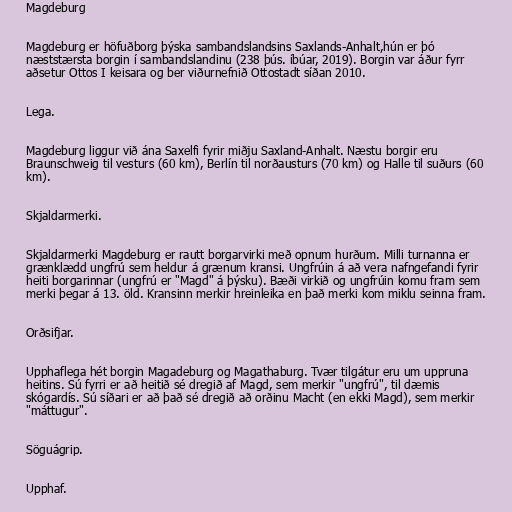
Magdeburg

Magdeburg er höfuðborg þýska sambandslandsins Saxlands-Anhalt,hún er þó
næststærsta borgin í sambandslandinu (238 þús. íbúar, 2019). Borgin var áður fyrr
aðsetur Ottos I keisara og ber viðurnefnið Ottostadt síðan 2010.

Lega.

Magdeburg liggur við ána Saxelfi fyrir miðju Saxland-Anhalt. Næstu borgir eru
Braunschweig til vesturs (60 km), Berlín til norðausturs (70 km) og Halle til suðurs (60
km).

Skjaldarmerki.

Skjaldarmerki Magdeburg er rautt borgarvirki með opnum hurðum. Milli turnanna er
grænklædd ungfrú sem heldur á grænum kransi. Ungfrúin á að vera nafngefandi fyrir
heiti borgarinnar (ungfrú er "Magd" á þýsku). Bæði virkið og ungfrúin komu fram sem
merki þegar á 13. öld. Kransinn merkir hreinleika en það merki kom miklu seinna fram.

Orðsifjar.

Upphaflega hét borgin Magadeburg og Magathaburg. Tvær tilgátur eru um uppruna
heitins. Sú fyrri er að heitið sé dregið af Magd, sem merkir "ungfrú", til dæmis
skógardís. Sú síðari er að það sé dregið að orðinu Macht (en ekki Magd), sem merkir
"máttugur".

Söguágrip.

Upphaf.